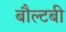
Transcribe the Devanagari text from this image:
बौल्टबी